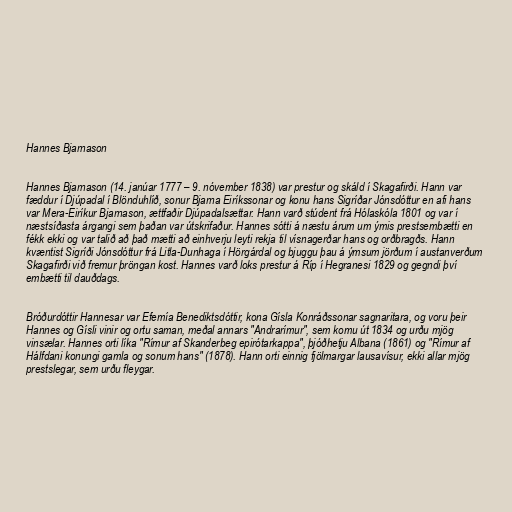
Hannes Bjarnason

Hannes Bjarnason (14. janúar 1777 – 9. nóvember 1838) var prestur og skáld í Skagafirði. Hann var
fæddur í Djúpadal í Blönduhlíð, sonur Bjarna Eiríkssonar og konu hans Sigríðar Jónsdóttur en afi hans
var Mera-Eiríkur Bjarnason, ættfaðir Djúpadalsættar. Hann varð stúdent frá Hólaskóla 1801 og var í
næstsíðasta árgangi sem þaðan var útskrifaður. Hannes sótti á næstu árum um ýmis prestsembætti en
fékk ekki og var talið að það mætti að einhverju leyti rekja til vísnagerðar hans og orðbragðs. Hann
kvæntist Sigríði Jónsdóttur frá Litla-Dunhaga í Hörgárdal og bjuggu þau á ýmsum jörðum í austanverðum
Skagafirði við fremur þröngan kost. Hannes varð loks prestur á Ríp í Hegranesi 1829 og gegndi því
embætti til dauðdags.

Bróðurdóttir Hannesar var Efemía Benediktsdóttir, kona Gísla Konráðssonar sagnaritara, og voru þeir
Hannes og Gísli vinir og ortu saman, meðal annars "Andrarímur", sem komu út 1834 og urðu mjög
vinsælar. Hannes orti líka "Rímur af Skanderbeg epirótarkappa", þjóðhetju Albana (1861) og "Rímur af
Hálfdani konungi gamla og sonum hans" (1878). Hann orti einnig fjölmargar lausavísur, ekki allar mjög
prestslegar, sem urðu fleygar.